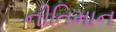
નીતિમાન